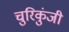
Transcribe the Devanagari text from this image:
चुरिकुंजी